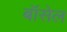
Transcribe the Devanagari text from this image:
बॉसेल